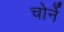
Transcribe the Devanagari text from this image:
चोर्ने